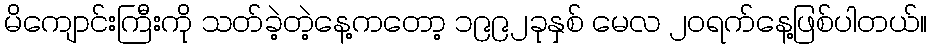
မိကျောင်းကြီးကို သတ်ခဲ့တဲ့နေ့ကတော့ ၁၉၉၂ခုနှစ် မေလ ၂၀ရက်နေ့ဖြစ်ပါတယ်။